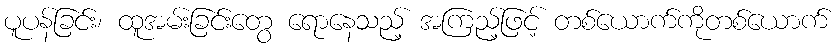
ပူပန်ခြင်း၊ ထူအမ်းခြင်းတွေ ရောနေသည့် အကြည့်ဖြင့် တစ်ယောက်ကိုတစ်ယောက်